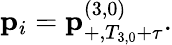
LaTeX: \mathbf{p}_{i}=\mathbf{p}_{+,T_{3,0}+\tau}^{\left(3,0\right)}.